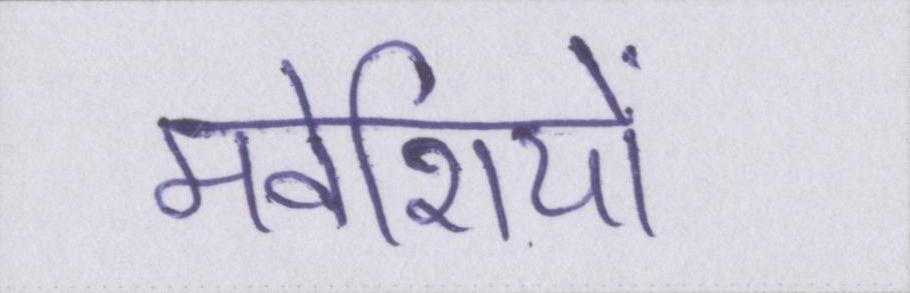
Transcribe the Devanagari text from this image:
मवेशियों